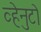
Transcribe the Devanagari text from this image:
व्हेनुटो